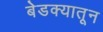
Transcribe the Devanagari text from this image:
बेडक्यातून